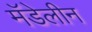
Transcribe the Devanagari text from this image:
मॅडेलीन